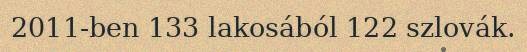
2011-ben 133 lakosából 122 szlovák.